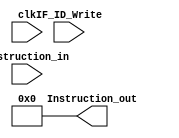
module IF_ID(
 	input [31:0] Instruction_in,//input instruction
 	input clk,//clock
	input IF_ID_Write,//signal of Writing or not
 	output reg [31:0] Instruction_out//output instruction
);

reg [31:0] IF_ID_reg;//store instruction

always@(posedge clk)begin//let output data equal Register data 
	Instruction_out<=IF_ID_reg;
end
always@(Instruction_in)begin//read data in register
	IF_ID_reg<=Instruction_in;
end
always@(negedge IF_ID_Write)begin//let output equal 0
	Instruction_out<=32'd0;
end
initial begin
	IF_ID_reg=32'd0;
	Instruction_out=32'd0;
end
endmodule